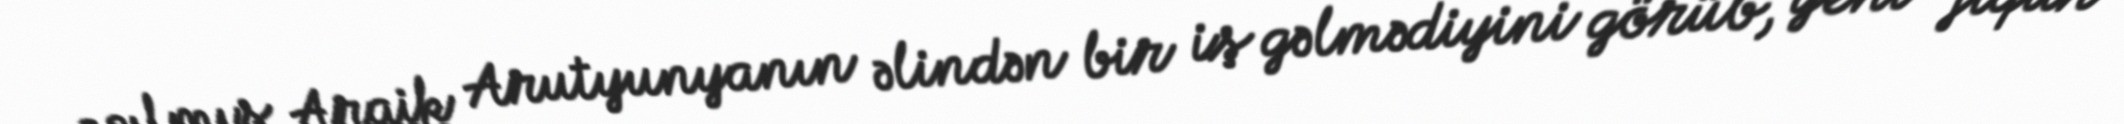
açılmış Araik Arutyunyanın əlindən bir iş gəlmədiyini görüb, yeni “fiqur”